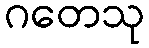
ဂတေသု